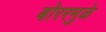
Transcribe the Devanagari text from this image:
बोररमुळे